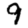
Digit: 9